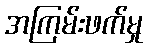
အကြမ်းဖက်မှု